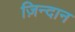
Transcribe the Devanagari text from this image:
ज़िन्दान